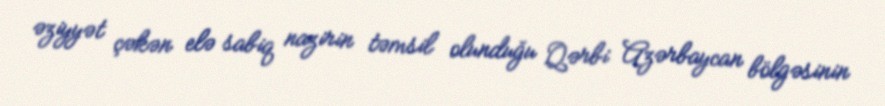
əziyyət çəkən elə sabiq nazirin təmsil olunduğu Qərbi Azərbaycan bölgəsinin